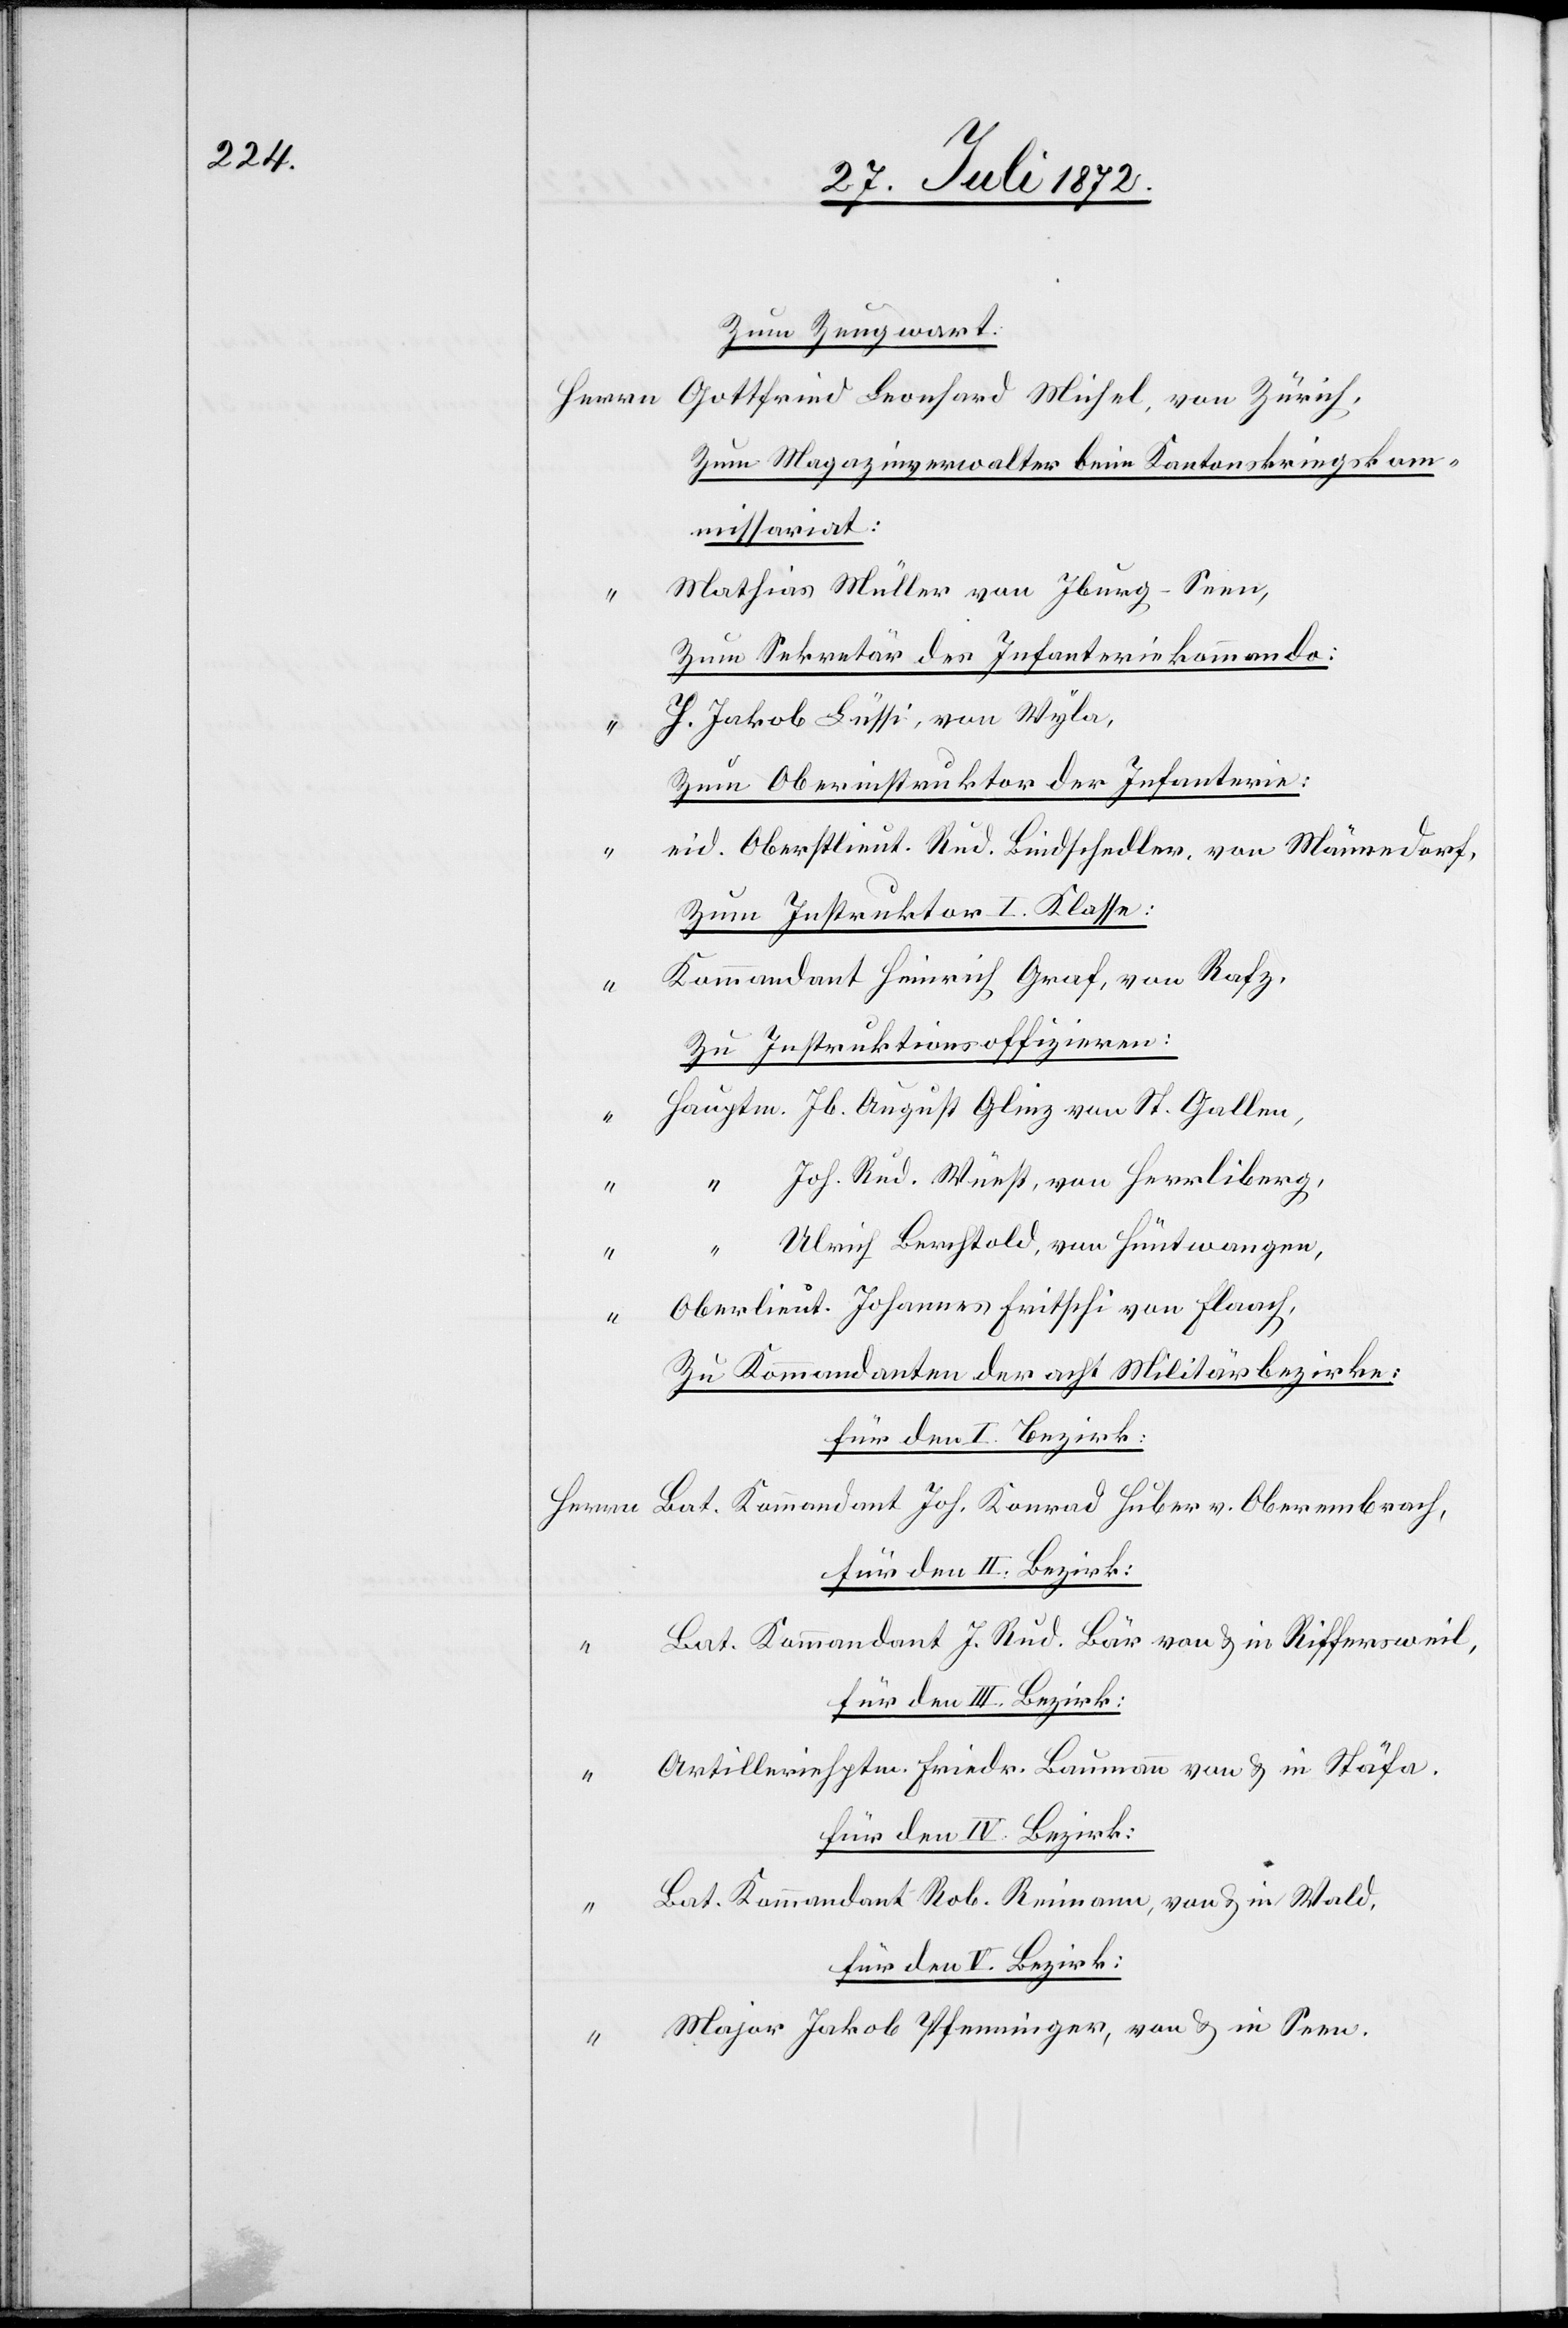
Zum Zeugwart:
Herrn Gottfried Leonhard Michel, von Zürich,
Zum Magazinverwalter beim Kantonskriegskom¬
missariat:
Mathias Müller von Iburg-Seen,
Zum Sekretär des Infanteriekommando:
H. Jakob Lüssi, von Wyla,
Zum Oberinstruktor der Infanterie:
eid. Oberstlieut. Rud. Bindschedler, von Männedorf,
Zum Instruktor I. Klasse:
Kommandant Heinrich Graf, von Rafz,
Zu Instruktionsoffizieren:
Hauptm. Jb. August Glinz von St. Gallen,
Joh. Rud. Wüest, von Herrliberg,
Ulrich Berchtold, von Hüntwangen,
Oberlieut. Johannes Fritschi von Flaach,
Zu Kommandanten der acht Militärbezirke:
für den I. Bezirk:
Herrn Bat. Kommandant Joh. Konrad Huber v. Oberembrach,
für den II. Bezirk:
Bat. Kommandant J. Rud. Bär von u. in Riffersweil,
“ Artilleriehptm. Friedr. Baumann von u. in Stäfa,
für den IV. Bezirk:
“ Bat. Kommandant Rob. Reimann, von u. in Wald,
für den V. Bezirk:
“ Major Jakob Pfenninger, von u. in Seen.